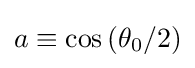
a\equiv \cos {(\theta _{0}/2)}